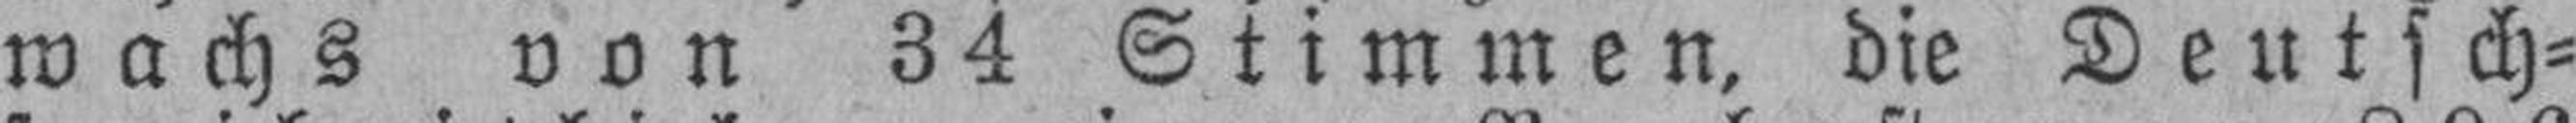
wachs von 34 Stimmen, die Deutsch¬